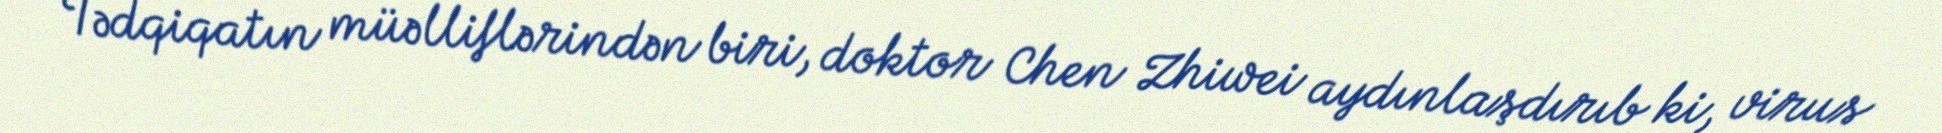
Tədqiqatın müəlliflərindən biri, doktor Chen Zhiwei aydınlaşdırıb ki, virus